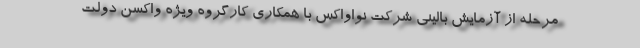
مرحله از آزمایش بالینی شرکت نواواکس با همکاری کارگروه ویژه واکسن دولت